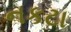
નકટા